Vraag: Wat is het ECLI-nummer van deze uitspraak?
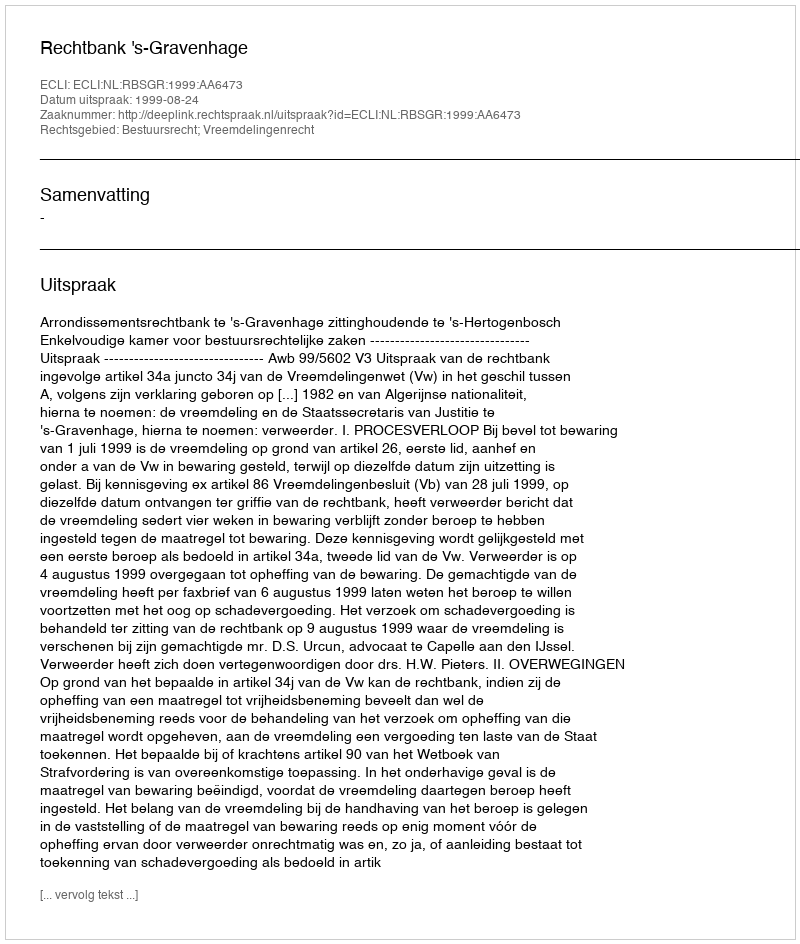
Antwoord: ECLI:NL:RBSGR:1999:AA6473